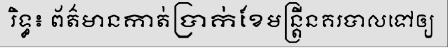
រិទ្ធ៖ ព័ត៌មានកាត់ប្រាក់ខែមន្ត្រីនគរបាលទៅឲ្យ